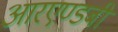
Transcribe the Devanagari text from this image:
आरएण्डबी